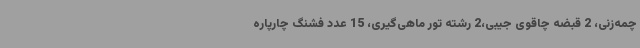
چمه‌زنی، 2 قبضه چاقوی جیبی،2 رشته تور ماهی‌گیری، 15 عدد فشنگ چارپاره